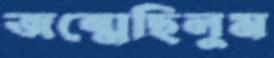
জন্মেছিলুম